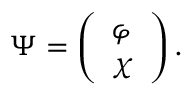
\Psi = \left( \begin{array} { l } { { \varphi } } \\ { { \chi } } \end{array} \right) .